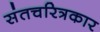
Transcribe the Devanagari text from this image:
संतचरित्रकार